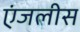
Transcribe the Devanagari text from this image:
एंजलीस